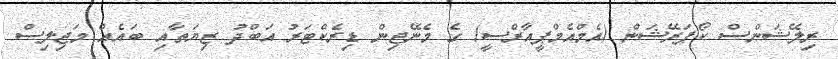
ރިލޭޝަންސް ކޯޕަރޭޝަން (އެމްއެމްޕީއާރްސީ) ގެ މެނޭޖިން ޑިރެކްޓަރު އަބްދު ޒިޔަތާއި ބައެއް މަޖިލިސް